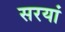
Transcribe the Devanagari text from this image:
सरयां